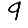
Digit: 9